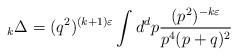
LaTeX: \begin{align*}\mbox{}_k\Delta =(q^2)^{(k+1)\varepsilon} \int d^d p \frac{(p^2)^{- k\varepsilon}}{p^4(p+q)^2}\end{align*}